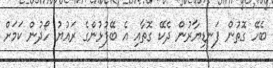
ބެހޭ ގޮތުން ފަނޑިޔާރުން ދެކޭ ގޮތާއި އެ ބޭފުޅުންގެ ރައުޔު ހޯދުން ކަމަށް